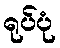
ရုပ်ပုံ